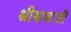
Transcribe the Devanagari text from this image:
श्रीबाबाजी